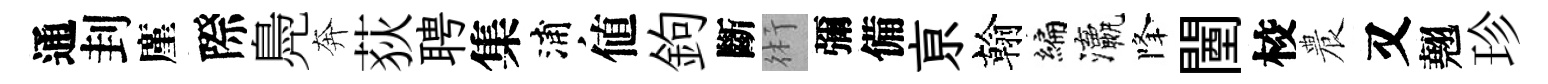
通刲廑際鳧奔荻聘集浦値鉤斷術彌備亰翰编瀛降闉校農又翹珍